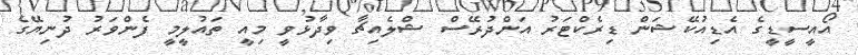
އޯއީސީޑީގެ އެޑިއުކޭޝަން ޑިރެކްޓަރު އަންދުރޭސް ޝްލެއިޗާ ވިދާޅުވީ މިއީ ތައުލީމީ ފެންވަރު ދުނިޔޭގެ